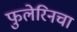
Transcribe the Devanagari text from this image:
फुलेरिनचा